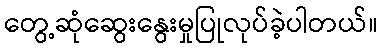
တွေ့ဆုံဆွေးနွေးမှုပြုလုပ်ခဲ့ပါတယ်။